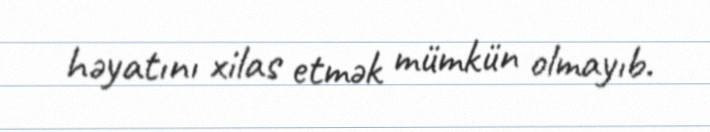
həyatını xilas etmək mümkün olmayıb.